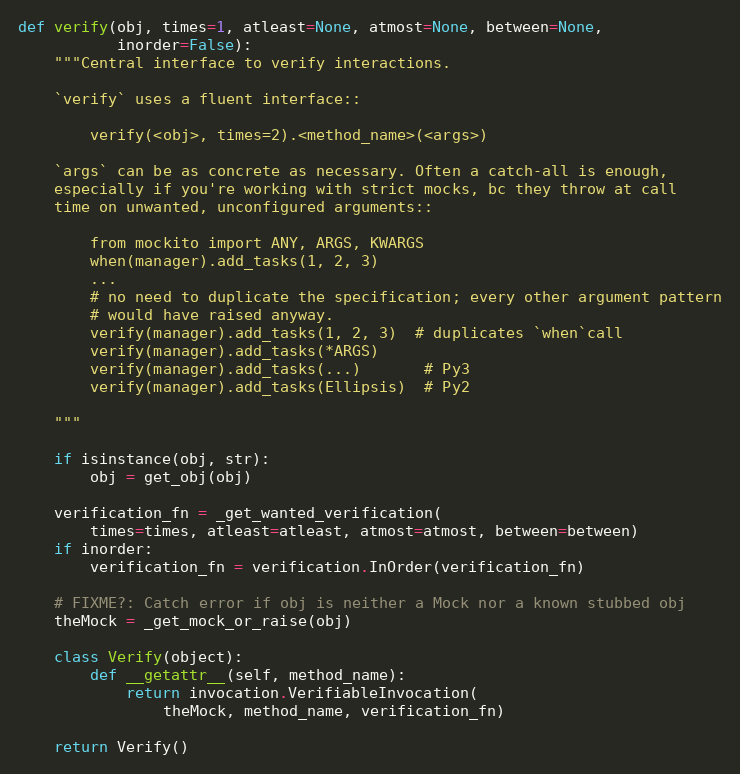
Language: Python
def verify(obj, times=1, atleast=None, atmost=None, between=None,
           inorder=False):
    """Central interface to verify interactions.

    `verify` uses a fluent interface::

        verify(<obj>, times=2).<method_name>(<args>)

    `args` can be as concrete as necessary. Often a catch-all is enough,
    especially if you're working with strict mocks, bc they throw at call
    time on unwanted, unconfigured arguments::

        from mockito import ANY, ARGS, KWARGS
        when(manager).add_tasks(1, 2, 3)
        ...
        # no need to duplicate the specification; every other argument pattern
        # would have raised anyway.
        verify(manager).add_tasks(1, 2, 3)  # duplicates `when`call
        verify(manager).add_tasks(*ARGS)
        verify(manager).add_tasks(...)       # Py3
        verify(manager).add_tasks(Ellipsis)  # Py2

    """

    if isinstance(obj, str):
        obj = get_obj(obj)

    verification_fn = _get_wanted_verification(
        times=times, atleast=atleast, atmost=atmost, between=between)
    if inorder:
        verification_fn = verification.InOrder(verification_fn)

    # FIXME?: Catch error if obj is neither a Mock nor a known stubbed obj
    theMock = _get_mock_or_raise(obj)

    class Verify(object):
        def __getattr__(self, method_name):
            return invocation.VerifiableInvocation(
                theMock, method_name, verification_fn)

    return Verify()